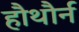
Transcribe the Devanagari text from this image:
हौथौर्न